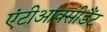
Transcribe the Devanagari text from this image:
एंटीआक्सीडैंट